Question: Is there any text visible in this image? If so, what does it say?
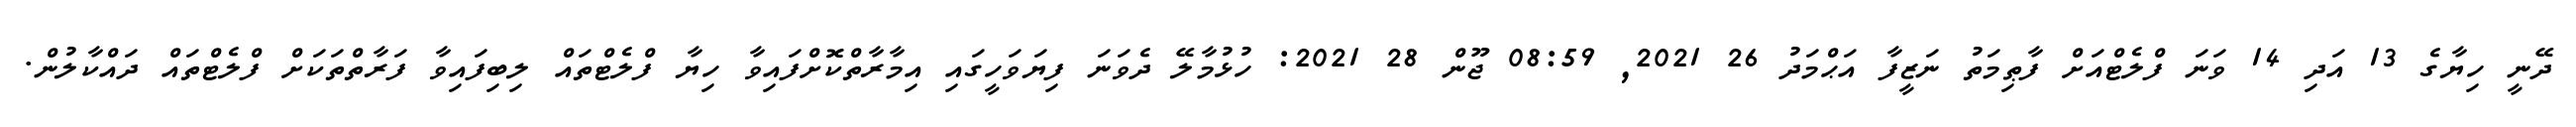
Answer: ދޭނީ ހިޔާގެ 13 އަދި 14 ވަނަ ފްލެޓްއަށް ފާޠިމަތު ނަޒީފާ އަޙްމަދު 26 2021, 08:59 ޖޫން 28 2021: ހުޅުމާލޭ ދެވަނަ ފިޔަވަހީގައި އިމާރާތްކޮށްފައިވާ ހިޔާ ފްލެޓްތައް ލިބިފައިވާ ފަރާތްތަކަށް ފްލެޓްތައް ދައްކާލުން.